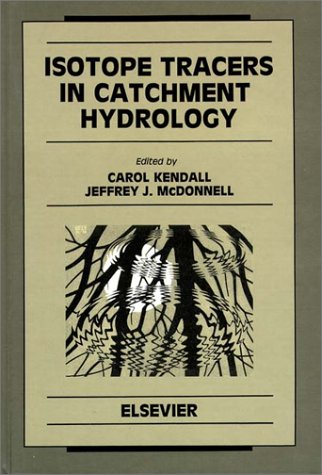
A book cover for Isotope Tracers in Catchment Hydrology (Developments in Water Science); Science & Math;